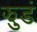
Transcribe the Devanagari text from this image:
झुडं